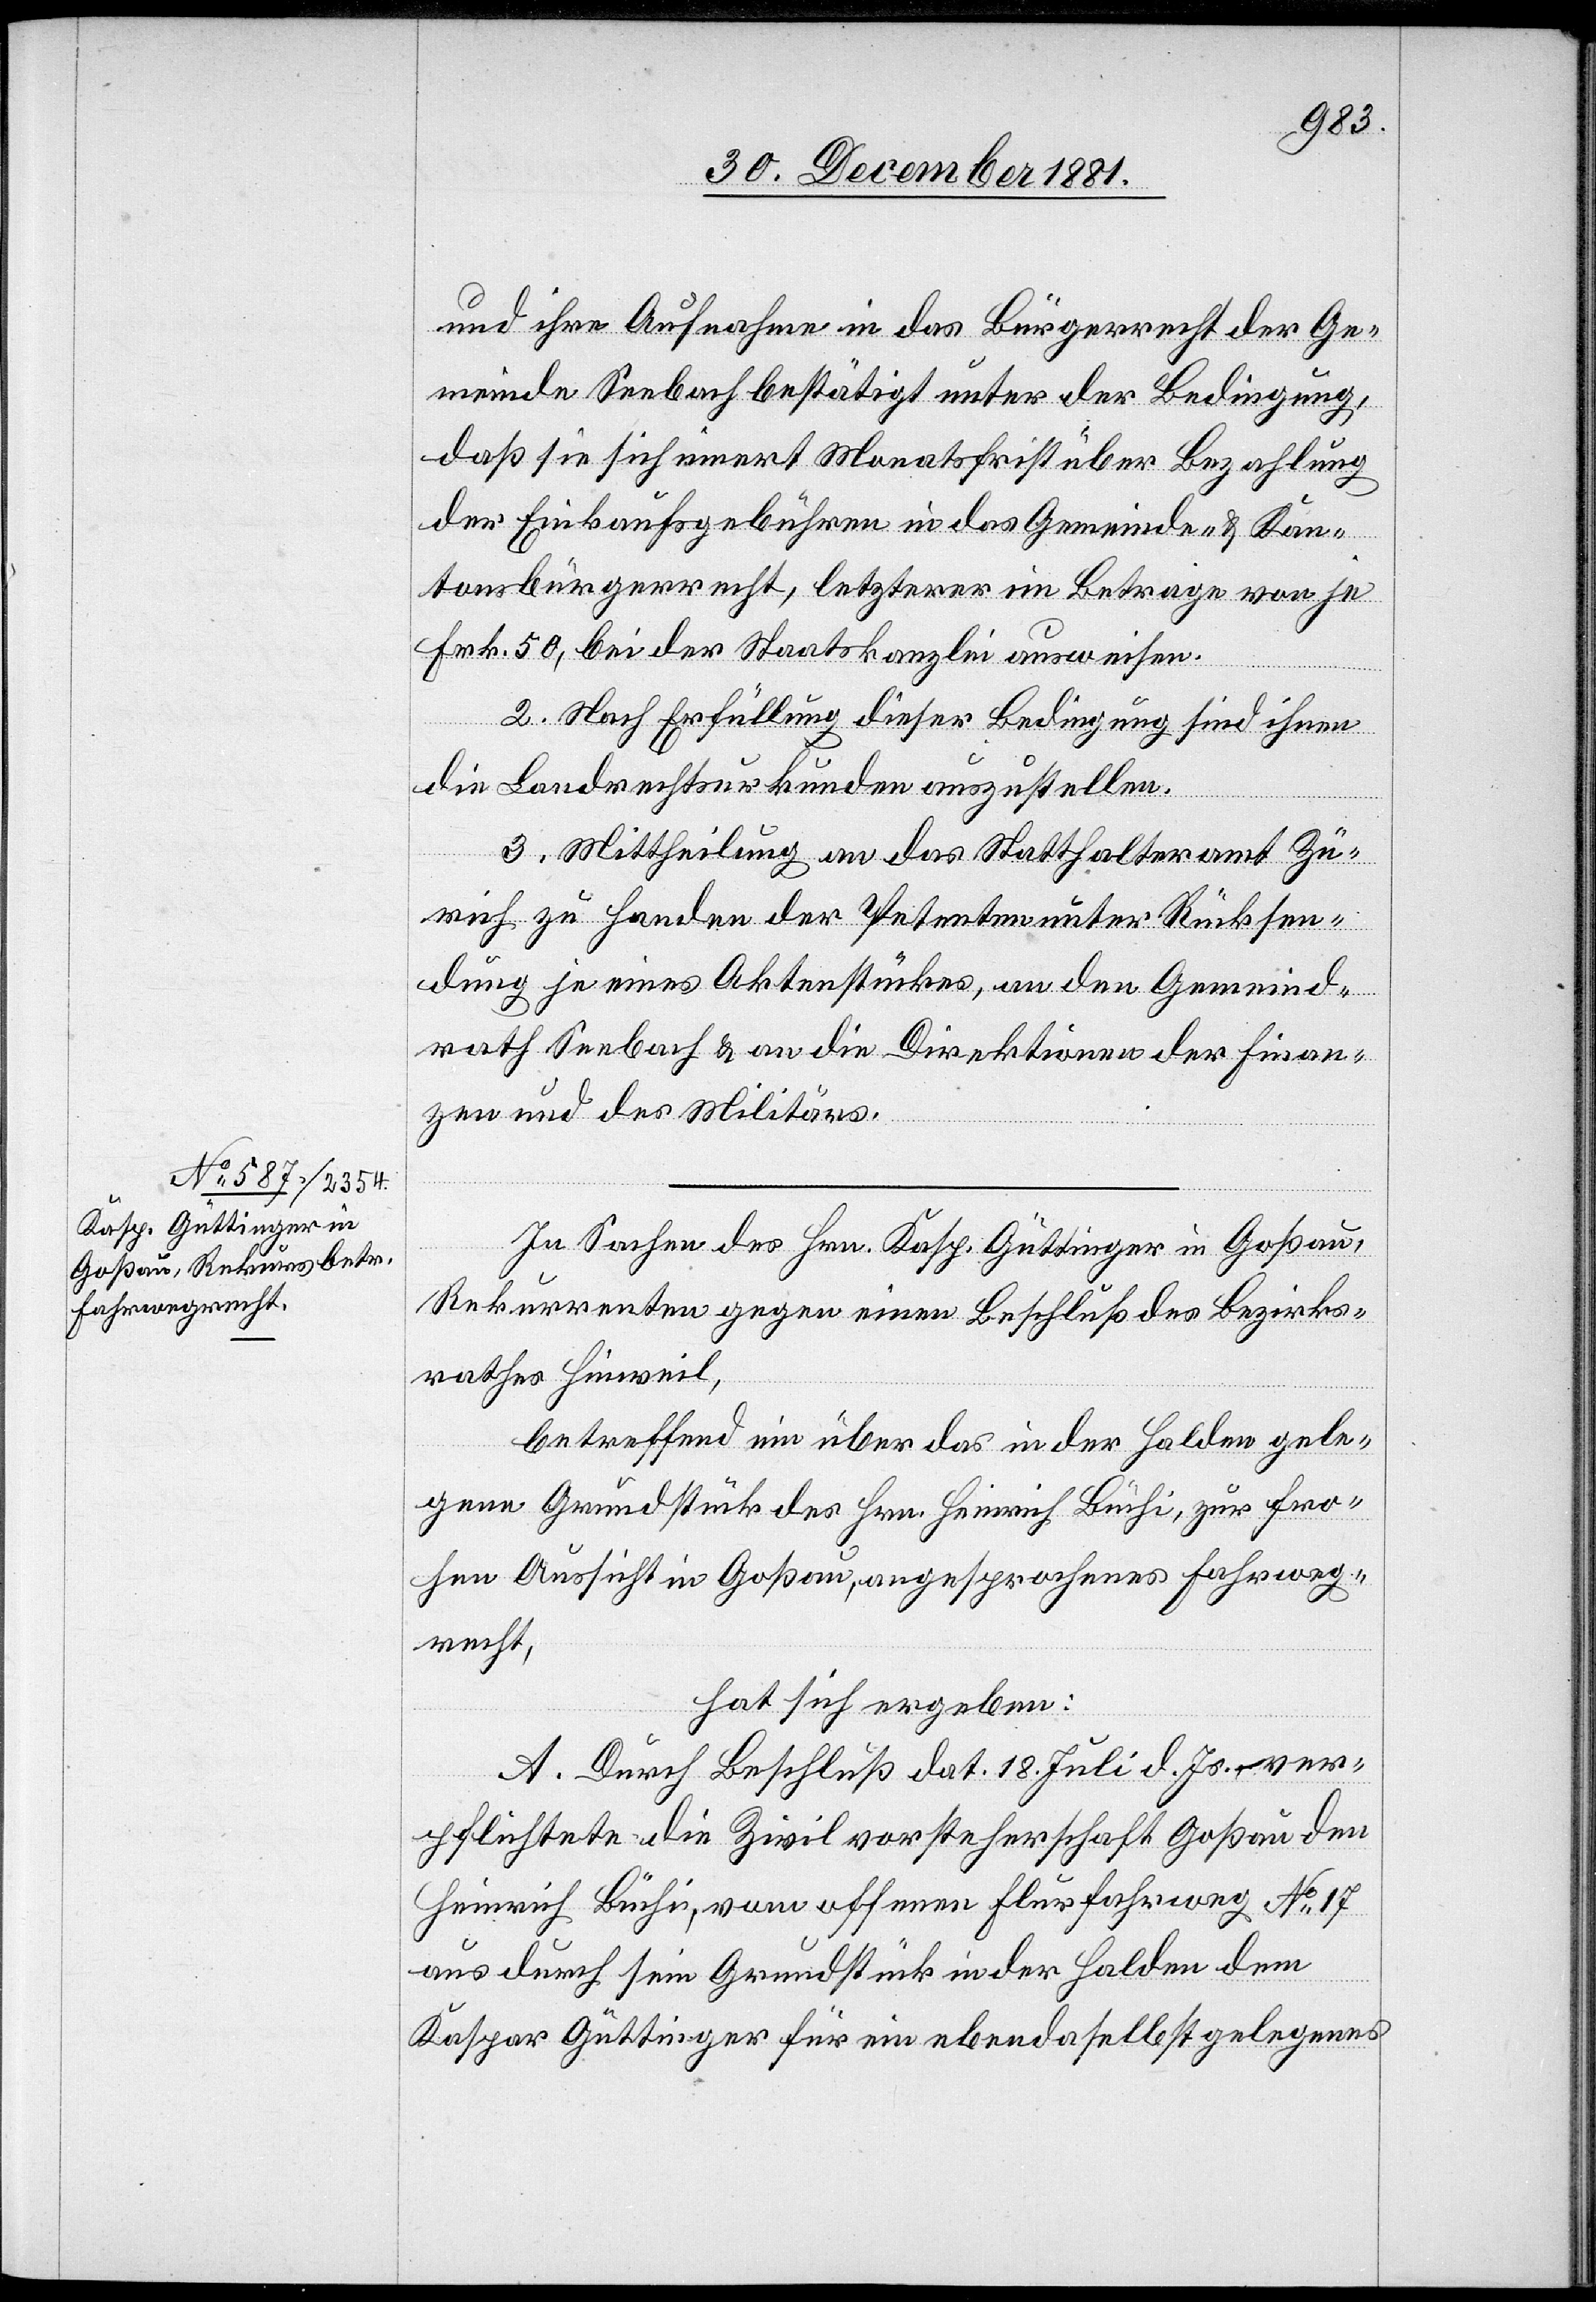
und ihre Aufnahme in das Bürgerrecht der Ge¬
meinde Seebach bestätigt unter der Bedingung,
daß sie sich innert Monatsfrist über Bezahlung
der Einkaufsgebühren in das Gemeinde- & Kan¬
tonsbürgerrecht, letzterer im Betrage von je
Frk. 50, bei der Staatskanzlei ausweisen.
2. Nach Erfüllung dieser Bedingung sind ihnen
die Landrechtsurkunden auszustellen.
3. Mittheilung an das Statthalteramt Zü¬
rich zu Handen der Petenten unter Rücksen¬
dung je eines Aktenstückes, an den Gemeind¬
rath Seebach & an die Direktionen der Finan¬
zen und des Militärs.
In Sachen des Hrn. Kasp. Güttinger in Goßau,
Rekurrenten gegen einen Beschluß des Bezirks¬
rathes Hinweil,
betreffend ein über das in der Halden gele¬
gene Grundstück des Hrn. Heinrich Büchi, zur Fro¬
hen Aussicht in Goßau, angesprochene Fahrweg¬
recht,
hat sich ergeben:
A. Durch Beschluß dat. 18. Juli d. Js. ver¬
pflichtete die Zivilvorsteherschaft Goßau den
Heinrich Büchi, vom offenen Flurfahrweg No 17
aus durch sein Grundstück in der Halden dem
Kaspar Güttinger für ein ebendaselbst gelegenes